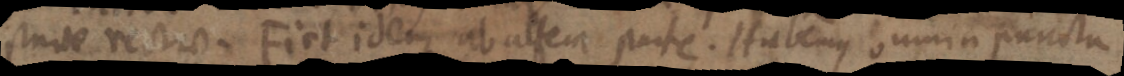
inde rectae. Fiet idem ab altem parte. Habemus omnia puncta